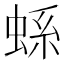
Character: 𧋬